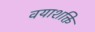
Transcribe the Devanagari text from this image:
वयाशक्ति